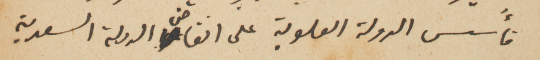
فأسس الدولة العلوية على انقاض الدولة السعدية